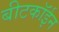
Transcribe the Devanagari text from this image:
बीटकॉईन